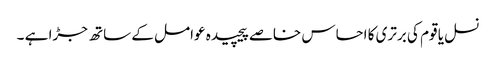
نسل یا قوم کی برتری کا احساس خاصے پیچیدہ عوامل کے ساتھ جڑا ہے ۔